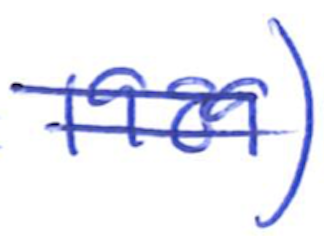
Text: 1989)
Cross-out: double-line
Writing tool: ballpoint